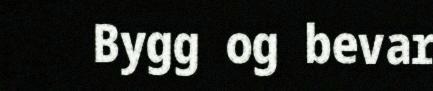
Bygg og bevar